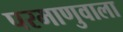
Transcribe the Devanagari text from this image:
परमाणुवाला